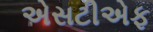
એસટીએફ